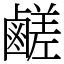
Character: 鹺